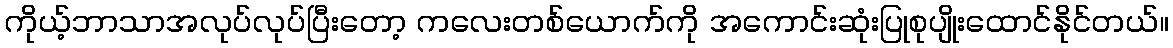
ကိုယ့်ဘာသာအလုပ်လုပ်ပြီးတော့ ကလေးတစ်ယောက်ကို အကောင်းဆုံးပြုစုပျိုးထောင်နိုင်တယ်။